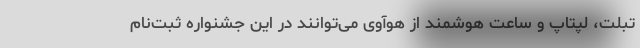
تبلت، لپتاپ و ساعت هوشمند از هوآوی می‌توانند در این جشنواره ثبت‌نام